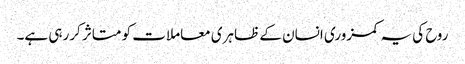
روح کی یہ کمزوری انسان کے ظاہری معاملات کو متاثر کررہی ہے۔